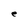
Character: e